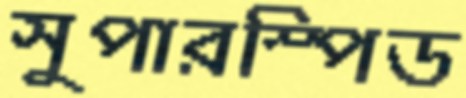
সুপারস্পিড